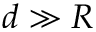
d \gg R